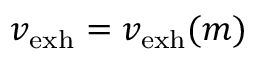
v _ { \mathrm { e x h } } = v _ { \mathrm { e x h } } ( m )